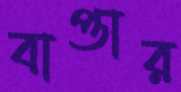
বাপ্তার